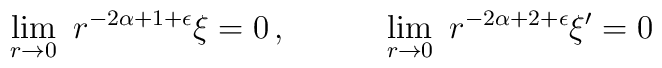
\lim_{r\rightarrow 0}~ r^{-2\alpha+1+\epsilon} \xi =0 \, , \qquad \quad\lim_{r\rightarrow 0}~ r^{-2\alpha+2+\epsilon} \xi' =0